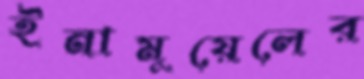
ইনামুয়েলের